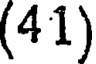
(41)